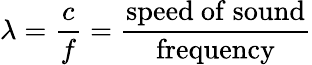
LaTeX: \lambda={\frac{c}{f}}={\frac{\mathrm{speed~of~sound}}{\mathrm{frequency}}}